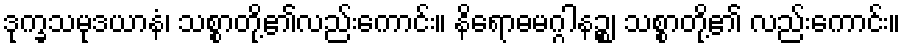
ဒုက္ခသမုဒယာနံ၊ သစ္စာတို့၏လည်းကောင်း။ နိရောဓမဂ္ဂါနဉ္စ၊ သစ္စာတို့၏ လည်းကောင်း။